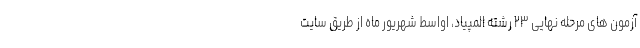
آزمون های مرحله نهایی ۲۳ رشته المپیاد، اواسط شهریور ماه از طریق سایت